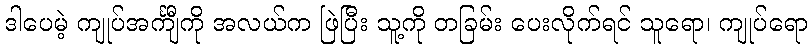
ဒါပေမဲ့ ကျုပ်အင်္ကျီကို အလယ်က ဖြဲပြီး သူ့ကို တခြမ်း ပေးလိုက်ရင် သူရော၊ ကျုပ်ရော